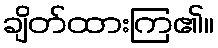
ချိတ်ထားကြ၏။